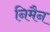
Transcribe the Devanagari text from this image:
निमैन